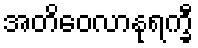
အတိဝေလာနုရက္ခီ